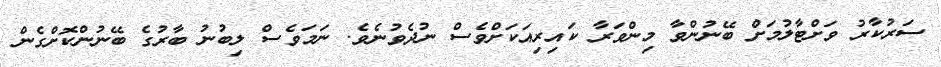
ސަރުކާރު ވަށްޓާލުމަށް ބޭނުންވާ މިންވަރާ ކައިރިއަކަށްވެސް ނުދެވުނެވެ. ނަމަވެސް ލިބުނު ބާރުގެ ބޭނުންކޮށްގެން